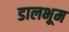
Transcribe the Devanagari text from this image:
डालभूम